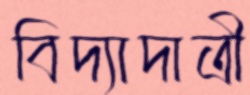
বিদ্যাদাত্রী